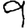
Digit: 9